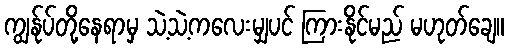
ကျွန်ုပ်တို့နေရာမှ သဲ့သဲ့ကလေးမျှပင် ကြားနိုင်မည် မဟုတ်ချေ။